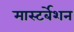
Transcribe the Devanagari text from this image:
मास्टर्बेशन